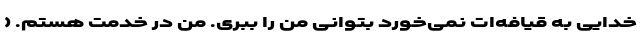
خدایی به قیافه‌ات نمی‌خورد بتوانی من را ببری. من در خدمت هستم. (